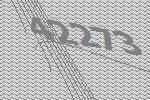
42273